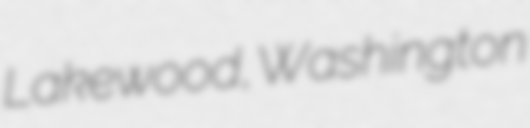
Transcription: Lakewood, Washington